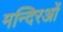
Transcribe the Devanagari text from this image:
मन्दिरओं